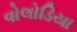
વોલોડિયા